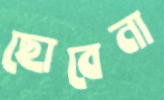
ছোবেনা